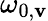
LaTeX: \omega_{0,\mathbf{v}}